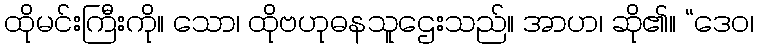
ထိုမင်းကြီးကို။ သော၊ ထိုဗဟုဓနသူဌေးသည်။ အာဟ၊ ဆို၏။ “ဒေဝ၊